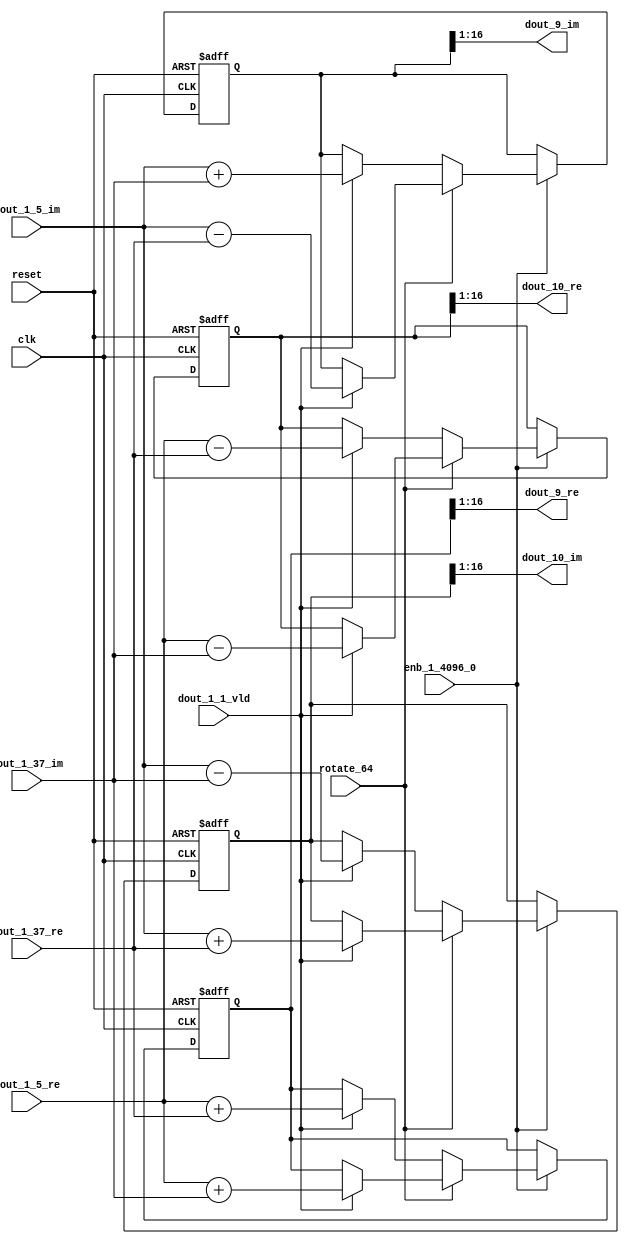
// -------------------------------------------------------------
// 
// 
// Generated by MATLAB 9.14 and HDL Coder 4.1
// 
// -------------------------------------------------------------


// -------------------------------------------------------------
// 
// Module: RADIX22FFT_SDNF2_2_block3
// Source Path: dsphdl.IFFT/RADIX22FFT_SDNF2_2
// Hierarchy Level: 4
// 
// -------------------------------------------------------------

`timescale 1 ns / 1 ns

module RADIX22FFT_SDNF2_2_block3
          (clk,
           reset,
           enb_1_4096_0,
           rotate_64,
           dout_1_5_re,
           dout_1_5_im,
           dout_1_37_re,
           dout_1_37_im,
           dout_1_1_vld,
           dout_9_re,
           dout_9_im,
           dout_10_re,
           dout_10_im);


  input   clk;
  input   reset;
  input   enb_1_4096_0;
  input   rotate_64;  // ufix1
  input   signed [15:0] dout_1_5_re;  // sfix16_En14
  input   signed [15:0] dout_1_5_im;  // sfix16_En14
  input   signed [15:0] dout_1_37_re;  // sfix16_En14
  input   signed [15:0] dout_1_37_im;  // sfix16_En14
  input   dout_1_1_vld;
  output  signed [15:0] dout_9_re;  // sfix16_En14
  output  signed [15:0] dout_9_im;  // sfix16_En14
  output  signed [15:0] dout_10_re;  // sfix16_En14
  output  signed [15:0] dout_10_im;  // sfix16_En14


  reg  Radix22ButterflyG2_NF_din_vld_dly;
  reg signed [16:0] Radix22ButterflyG2_NF_btf1_re_reg;  // sfix17
  reg signed [16:0] Radix22ButterflyG2_NF_btf1_im_reg;  // sfix17
  reg signed [16:0] Radix22ButterflyG2_NF_btf2_re_reg;  // sfix17
  reg signed [16:0] Radix22ButterflyG2_NF_btf2_im_reg;  // sfix17
  reg  Radix22ButterflyG2_NF_din_vld_dly_next;
  reg signed [16:0] Radix22ButterflyG2_NF_btf1_re_reg_next;  // sfix17_En14
  reg signed [16:0] Radix22ButterflyG2_NF_btf1_im_reg_next;  // sfix17_En14
  reg signed [16:0] Radix22ButterflyG2_NF_btf2_re_reg_next;  // sfix17_En14
  reg signed [16:0] Radix22ButterflyG2_NF_btf2_im_reg_next;  // sfix17_En14
  reg signed [15:0] dout_9_re_1;  // sfix16_En14
  reg signed [15:0] dout_9_im_1;  // sfix16_En14
  reg signed [15:0] dout_10_re_1;  // sfix16_En14
  reg signed [15:0] dout_10_im_1;  // sfix16_En14
  reg  dout_2_vld;
  reg signed [16:0] Radix22ButterflyG2_NF_add_cast;  // sfix17_En14
  reg signed [16:0] Radix22ButterflyG2_NF_add_cast_0;  // sfix17_En14
  reg signed [16:0] Radix22ButterflyG2_NF_add_cast_1;  // sfix17_En14
  reg signed [16:0] Radix22ButterflyG2_NF_add_cast_2;  // sfix17_En14
  reg signed [16:0] Radix22ButterflyG2_NF_sub_cast;  // sfix17_En14
  reg signed [16:0] Radix22ButterflyG2_NF_sub_cast_0;  // sfix17_En14
  reg signed [16:0] Radix22ButterflyG2_NF_sub_cast_1;  // sfix17_En14
  reg signed [16:0] Radix22ButterflyG2_NF_sub_cast_2;  // sfix17_En14
  reg signed [16:0] Radix22ButterflyG2_NF_sra_temp;  // sfix17_En14
  reg signed [16:0] Radix22ButterflyG2_NF_add_cast_3;  // sfix17_En14
  reg signed [16:0] Radix22ButterflyG2_NF_add_cast_4;  // sfix17_En14
  reg signed [16:0] Radix22ButterflyG2_NF_add_cast_5;  // sfix17_En14
  reg signed [16:0] Radix22ButterflyG2_NF_add_cast_6;  // sfix17_En14
  reg signed [16:0] Radix22ButterflyG2_NF_sra_temp_0;  // sfix17_En14
  reg signed [16:0] Radix22ButterflyG2_NF_sub_cast_3;  // sfix17_En14
  reg signed [16:0] Radix22ButterflyG2_NF_sub_cast_4;  // sfix17_En14
  reg signed [16:0] Radix22ButterflyG2_NF_sub_cast_5;  // sfix17_En14
  reg signed [16:0] Radix22ButterflyG2_NF_sub_cast_6;  // sfix17_En14
  reg signed [16:0] Radix22ButterflyG2_NF_sra_temp_1;  // sfix17_En14
  reg signed [16:0] Radix22ButterflyG2_NF_sra_temp_2;  // sfix17_En14


  // Radix22ButterflyG2_NF
  always @(posedge clk or posedge reset)
    begin : Radix22ButterflyG2_NF_process
      if (reset == 1'b1) begin
        Radix22ButterflyG2_NF_din_vld_dly <= 1'b0;
        Radix22ButterflyG2_NF_btf1_re_reg <= 17'sb00000000000000000;
        Radix22ButterflyG2_NF_btf1_im_reg <= 17'sb00000000000000000;
        Radix22ButterflyG2_NF_btf2_re_reg <= 17'sb00000000000000000;
        Radix22ButterflyG2_NF_btf2_im_reg <= 17'sb00000000000000000;
      end
      else begin
        if (enb_1_4096_0) begin
          Radix22ButterflyG2_NF_din_vld_dly <= Radix22ButterflyG2_NF_din_vld_dly_next;
          Radix22ButterflyG2_NF_btf1_re_reg <= Radix22ButterflyG2_NF_btf1_re_reg_next;
          Radix22ButterflyG2_NF_btf1_im_reg <= Radix22ButterflyG2_NF_btf1_im_reg_next;
          Radix22ButterflyG2_NF_btf2_re_reg <= Radix22ButterflyG2_NF_btf2_re_reg_next;
          Radix22ButterflyG2_NF_btf2_im_reg <= Radix22ButterflyG2_NF_btf2_im_reg_next;
        end
      end
    end

  always @(Radix22ButterflyG2_NF_btf1_im_reg, Radix22ButterflyG2_NF_btf1_re_reg,
       Radix22ButterflyG2_NF_btf2_im_reg, Radix22ButterflyG2_NF_btf2_re_reg,
       Radix22ButterflyG2_NF_din_vld_dly, dout_1_1_vld, dout_1_37_im,
       dout_1_37_re, dout_1_5_im, dout_1_5_re, rotate_64) begin
    Radix22ButterflyG2_NF_add_cast_1 = 17'sb00000000000000000;
    Radix22ButterflyG2_NF_add_cast_2 = 17'sb00000000000000000;
    Radix22ButterflyG2_NF_sub_cast_1 = 17'sb00000000000000000;
    Radix22ButterflyG2_NF_sub_cast_2 = 17'sb00000000000000000;
    Radix22ButterflyG2_NF_add_cast_5 = 17'sb00000000000000000;
    Radix22ButterflyG2_NF_add_cast_6 = 17'sb00000000000000000;
    Radix22ButterflyG2_NF_sub_cast_5 = 17'sb00000000000000000;
    Radix22ButterflyG2_NF_sub_cast_6 = 17'sb00000000000000000;
    Radix22ButterflyG2_NF_add_cast = 17'sb00000000000000000;
    Radix22ButterflyG2_NF_add_cast_0 = 17'sb00000000000000000;
    Radix22ButterflyG2_NF_sub_cast = 17'sb00000000000000000;
    Radix22ButterflyG2_NF_sub_cast_0 = 17'sb00000000000000000;
    Radix22ButterflyG2_NF_add_cast_3 = 17'sb00000000000000000;
    Radix22ButterflyG2_NF_add_cast_4 = 17'sb00000000000000000;
    Radix22ButterflyG2_NF_sub_cast_3 = 17'sb00000000000000000;
    Radix22ButterflyG2_NF_sub_cast_4 = 17'sb00000000000000000;
    Radix22ButterflyG2_NF_btf1_re_reg_next = Radix22ButterflyG2_NF_btf1_re_reg;
    Radix22ButterflyG2_NF_btf1_im_reg_next = Radix22ButterflyG2_NF_btf1_im_reg;
    Radix22ButterflyG2_NF_btf2_re_reg_next = Radix22ButterflyG2_NF_btf2_re_reg;
    Radix22ButterflyG2_NF_btf2_im_reg_next = Radix22ButterflyG2_NF_btf2_im_reg;
    Radix22ButterflyG2_NF_din_vld_dly_next = dout_1_1_vld;
    if (rotate_64 != 1'b0) begin
      if (dout_1_1_vld) begin
        Radix22ButterflyG2_NF_add_cast_1 = {dout_1_5_re[15], dout_1_5_re};
        Radix22ButterflyG2_NF_add_cast_2 = {dout_1_37_im[15], dout_1_37_im};
        Radix22ButterflyG2_NF_btf1_re_reg_next = Radix22ButterflyG2_NF_add_cast_1 + Radix22ButterflyG2_NF_add_cast_2;
        Radix22ButterflyG2_NF_sub_cast_1 = {dout_1_5_re[15], dout_1_5_re};
        Radix22ButterflyG2_NF_sub_cast_2 = {dout_1_37_im[15], dout_1_37_im};
        Radix22ButterflyG2_NF_btf2_re_reg_next = Radix22ButterflyG2_NF_sub_cast_1 - Radix22ButterflyG2_NF_sub_cast_2;
        Radix22ButterflyG2_NF_add_cast_5 = {dout_1_5_im[15], dout_1_5_im};
        Radix22ButterflyG2_NF_add_cast_6 = {dout_1_37_re[15], dout_1_37_re};
        Radix22ButterflyG2_NF_btf2_im_reg_next = Radix22ButterflyG2_NF_add_cast_5 + Radix22ButterflyG2_NF_add_cast_6;
        Radix22ButterflyG2_NF_sub_cast_5 = {dout_1_5_im[15], dout_1_5_im};
        Radix22ButterflyG2_NF_sub_cast_6 = {dout_1_37_re[15], dout_1_37_re};
        Radix22ButterflyG2_NF_btf1_im_reg_next = Radix22ButterflyG2_NF_sub_cast_5 - Radix22ButterflyG2_NF_sub_cast_6;
      end
    end
    else if (dout_1_1_vld) begin
      Radix22ButterflyG2_NF_add_cast = {dout_1_5_re[15], dout_1_5_re};
      Radix22ButterflyG2_NF_add_cast_0 = {dout_1_37_re[15], dout_1_37_re};
      Radix22ButterflyG2_NF_btf1_re_reg_next = Radix22ButterflyG2_NF_add_cast + Radix22ButterflyG2_NF_add_cast_0;
      Radix22ButterflyG2_NF_sub_cast = {dout_1_5_re[15], dout_1_5_re};
      Radix22ButterflyG2_NF_sub_cast_0 = {dout_1_37_re[15], dout_1_37_re};
      Radix22ButterflyG2_NF_btf2_re_reg_next = Radix22ButterflyG2_NF_sub_cast - Radix22ButterflyG2_NF_sub_cast_0;
      Radix22ButterflyG2_NF_add_cast_3 = {dout_1_5_im[15], dout_1_5_im};
      Radix22ButterflyG2_NF_add_cast_4 = {dout_1_37_im[15], dout_1_37_im};
      Radix22ButterflyG2_NF_btf1_im_reg_next = Radix22ButterflyG2_NF_add_cast_3 + Radix22ButterflyG2_NF_add_cast_4;
      Radix22ButterflyG2_NF_sub_cast_3 = {dout_1_5_im[15], dout_1_5_im};
      Radix22ButterflyG2_NF_sub_cast_4 = {dout_1_37_im[15], dout_1_37_im};
      Radix22ButterflyG2_NF_btf2_im_reg_next = Radix22ButterflyG2_NF_sub_cast_3 - Radix22ButterflyG2_NF_sub_cast_4;
    end
    Radix22ButterflyG2_NF_sra_temp = Radix22ButterflyG2_NF_btf1_re_reg >>> 8'd1;
    dout_9_re_1 = Radix22ButterflyG2_NF_sra_temp[15:0];
    Radix22ButterflyG2_NF_sra_temp_0 = Radix22ButterflyG2_NF_btf1_im_reg >>> 8'd1;
    dout_9_im_1 = Radix22ButterflyG2_NF_sra_temp_0[15:0];
    Radix22ButterflyG2_NF_sra_temp_1 = Radix22ButterflyG2_NF_btf2_re_reg >>> 8'd1;
    dout_10_re_1 = Radix22ButterflyG2_NF_sra_temp_1[15:0];
    Radix22ButterflyG2_NF_sra_temp_2 = Radix22ButterflyG2_NF_btf2_im_reg >>> 8'd1;
    dout_10_im_1 = Radix22ButterflyG2_NF_sra_temp_2[15:0];
    dout_2_vld = Radix22ButterflyG2_NF_din_vld_dly;
  end



  assign dout_9_re = dout_9_re_1;

  assign dout_9_im = dout_9_im_1;

  assign dout_10_re = dout_10_re_1;

  assign dout_10_im = dout_10_im_1;

endmodule  // RADIX22FFT_SDNF2_2_block3